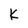
Character: k